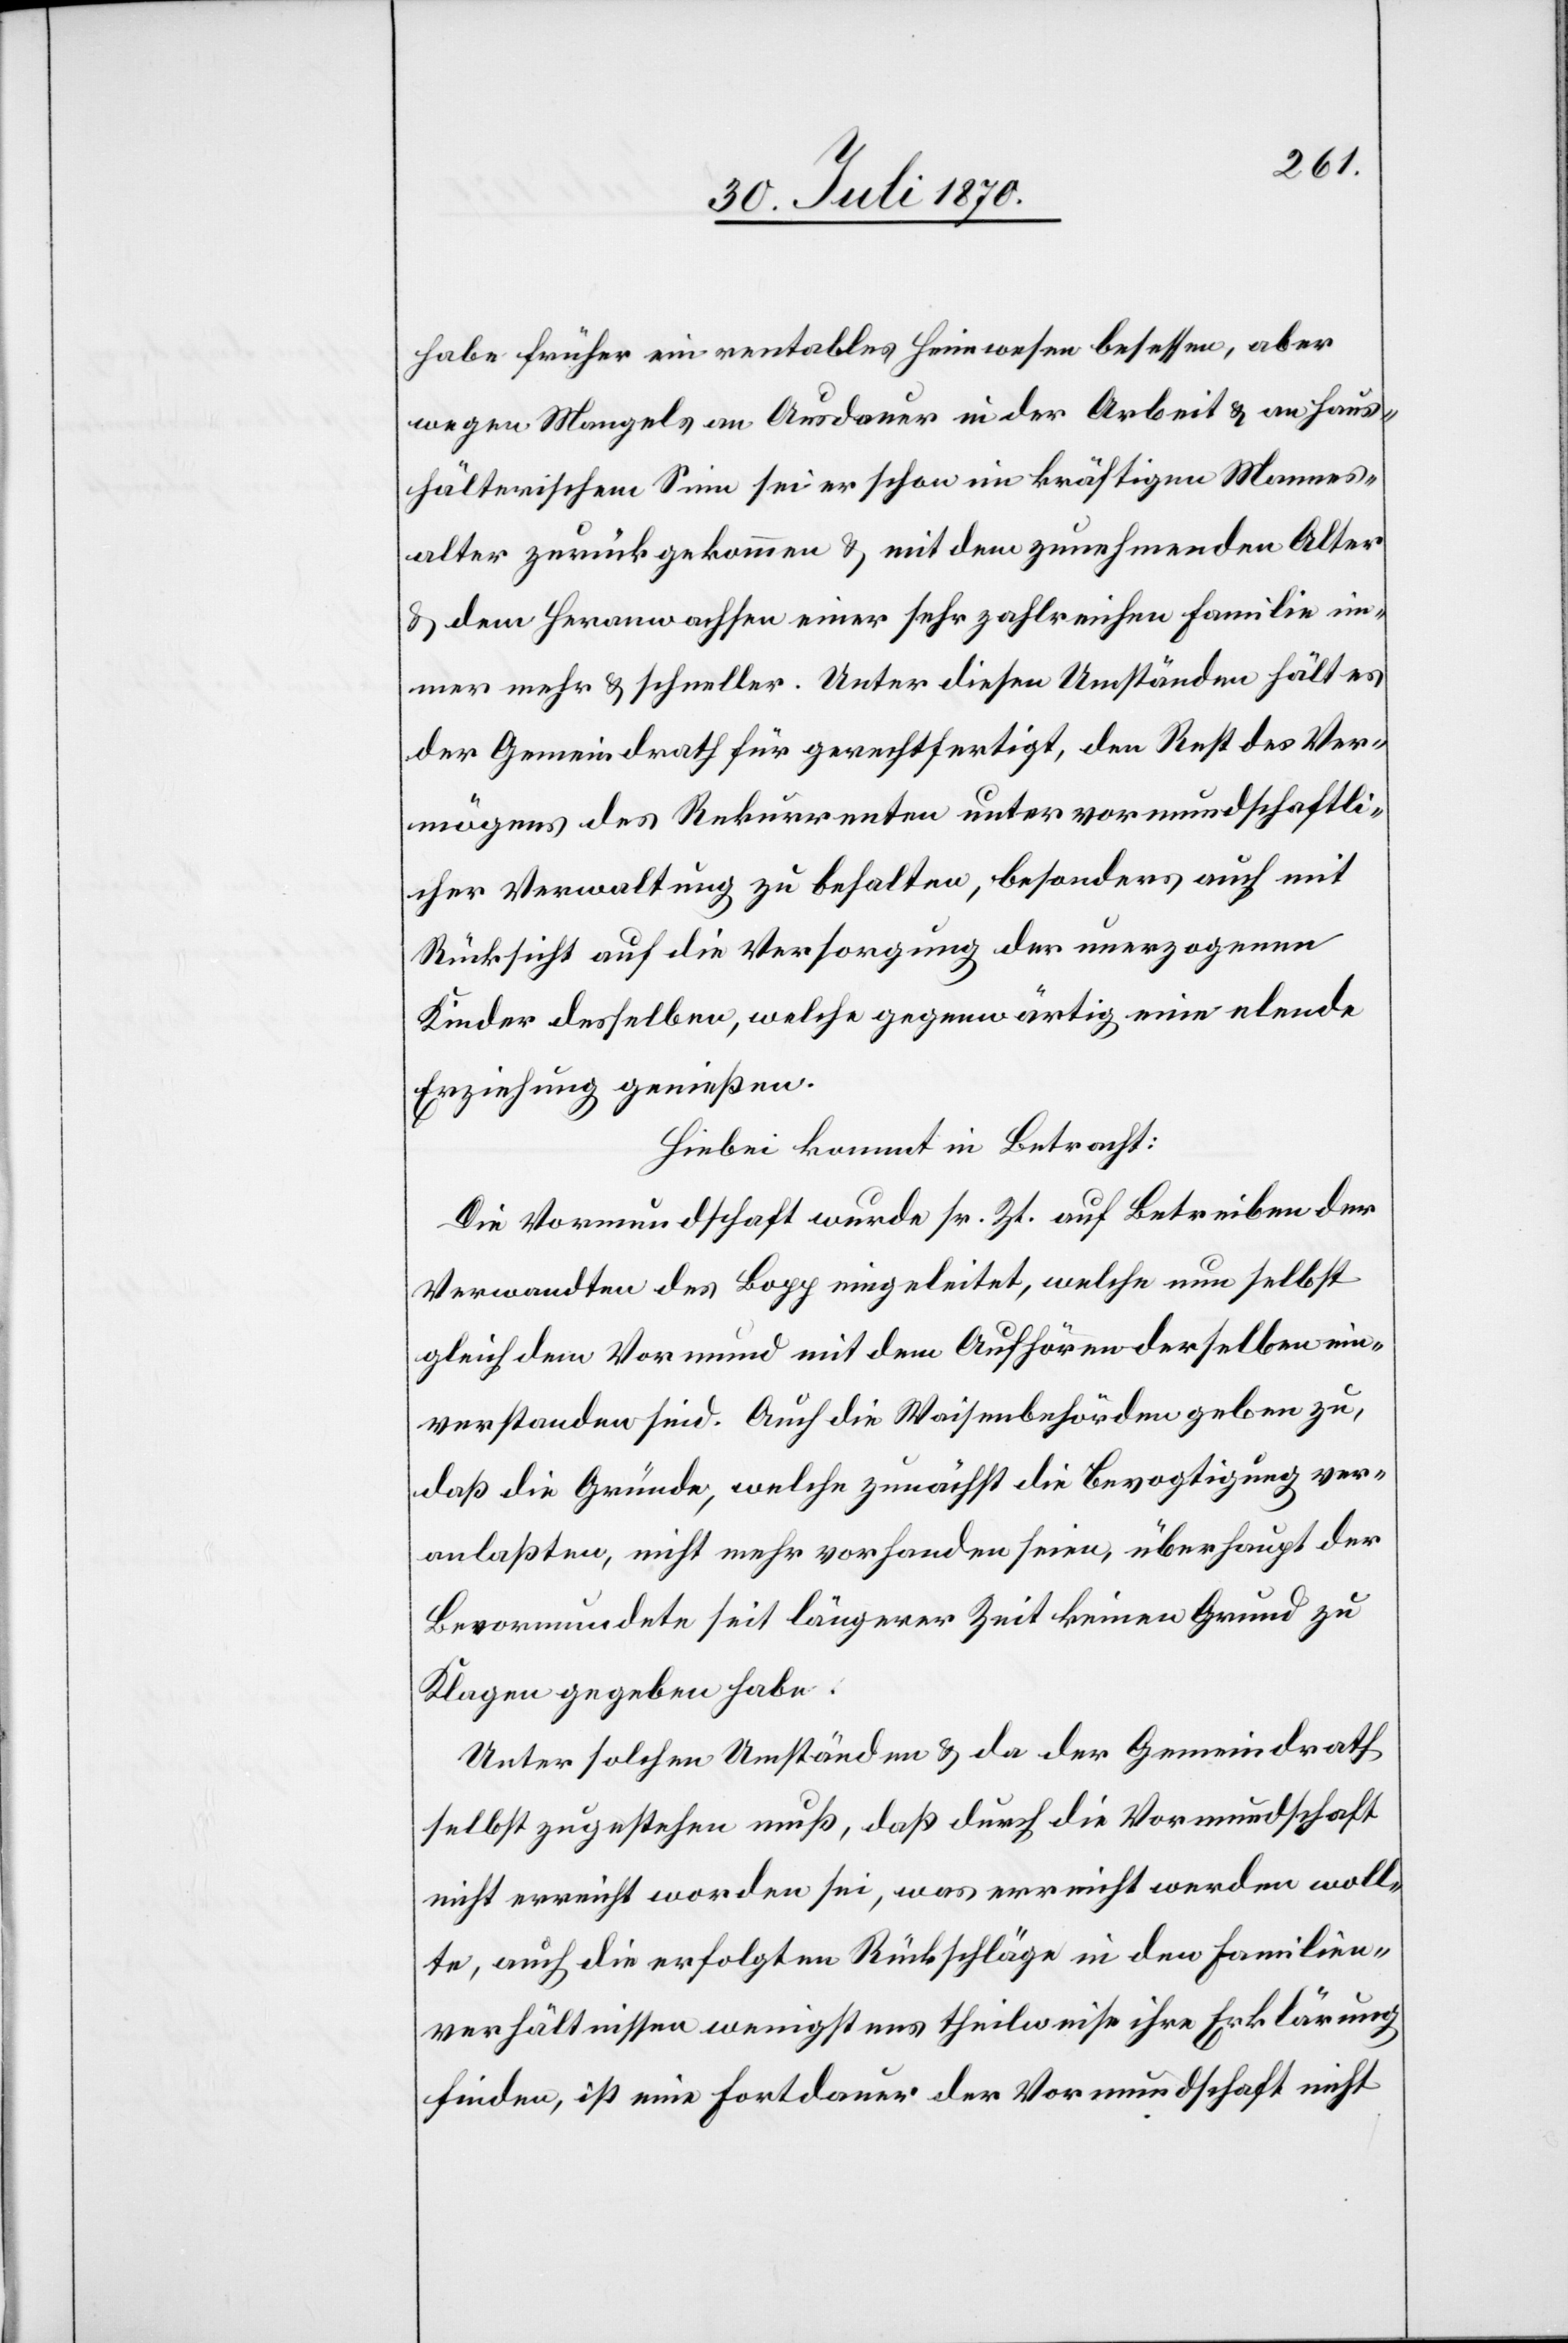
habe früher ein rentables Heimwesen besessen, aber
wegen Mangels an Ausdauer in der Arbeit & an haus¬
hälterischem Sinn sei er schon im kräftigen Mannes¬
alter zurückgekommen & mit dem zunehmenden Alter
& dem Heranwachsen einer sehr zahlreichen Familie im¬
mer mehr & schneller. Unter diesen Umständen hält es
der Gemeindrath für gerechtfertigt, den Rest des Ver¬
mögens des Rekurrenten unter vormundschaftli¬
cher Verwaltung zu behalten, besonders auch mit
Rücksicht auf die Versorgung der unerzogenen
Kinder desselben, welche gegenwärtig eine elende
Erziehung genießen.
Hiebei kommt in Betracht:
Die Vormundschaft wurde sr. Zt. auf Betreiben der
Verwandten des Bopp eingeleitet, welche nun selbst
gleich dem Vormund mit dem Aufhören derselben ein¬
verstanden sind. Auch die Waisenbehörden geben zu,
daß die Gründe, welche zunächst die Bevogtigung ver¬
anlaßten, nicht mehr vorhanden seien, überhaupt der
Bevormundete seit längerer Zeit keinen Grund zu
Klagen gegeben habe.
Unter solchen Umständen & da der Gemeindrath
selbst zugestehen muß, daß durch die Vormundschaft
nicht erreicht worden sei, was erreicht werden woll¬
te, auch die erfolgten Rückschläge in den Familien¬
verhältnissen wenigstens theilweise ihre Erklärung
finden, ist eine Fortdauer der Vormundschaft nicht